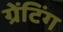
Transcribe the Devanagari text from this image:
ग्रेंटिंग